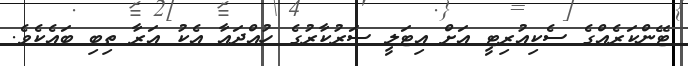
ޓޭންކަރެއްގެ ސެކިއުރިޓީ އަށް އިޓަލީ ސަރުކާރުގެ ހުއްދައާ އެކު އަރާ ތިބި ބައެކެވެ.